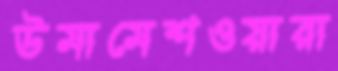
উমামেশওয়ারা